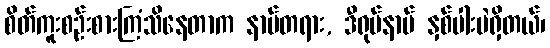
စိတ်ကူးစဉ်းစားကြံသိနေတာက နာမ်တရား, ဒီရုပ်နာမ် နှစ်ပါးပဲရှိတယ်၊